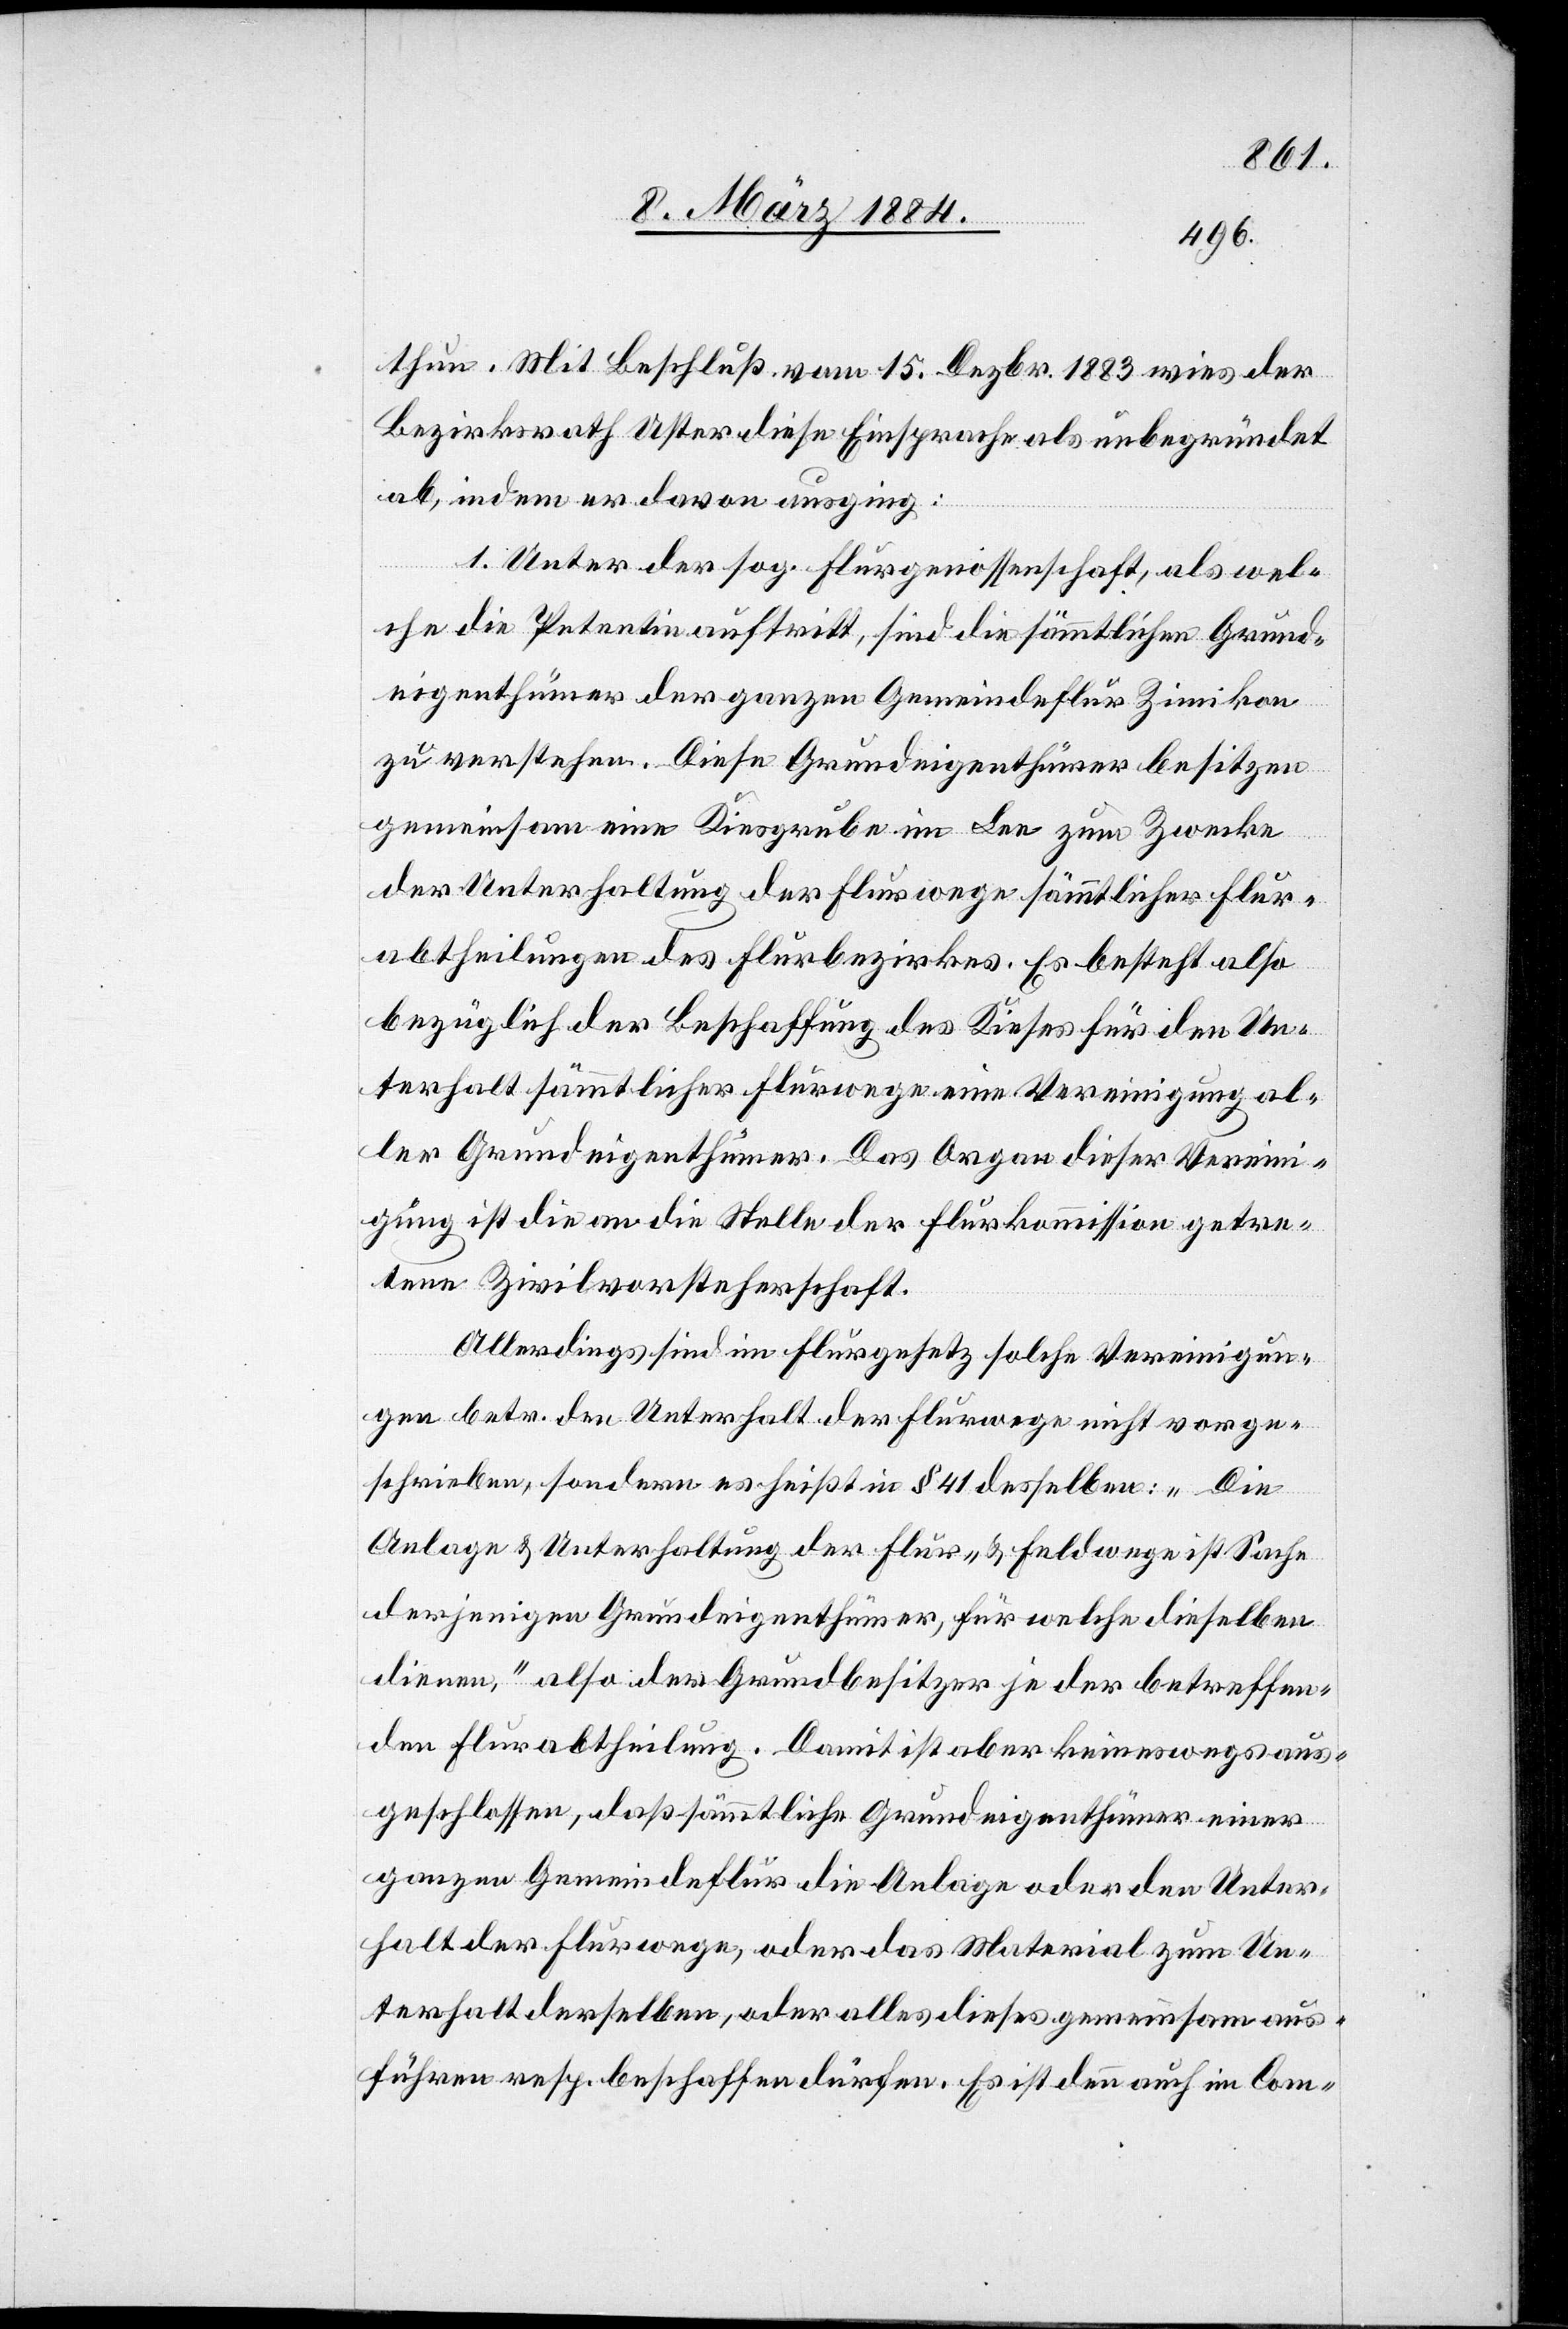
thun. Mit Beschluß vom 15. Dezbr. 1883 wies der
Bezirksrath Uster diese Einsprache als unbegründet
ab, indem er davon ausging:
1. Unter der sog. Flurgenossenschaft, als wel¬
che die Petentin aufritt, sind die sämmtlichen Grund¬
eigenthümer der ganzen Gemeindeflur Zimikon
zu verstehen. Diese Grundeigenthümer besitzen
gemeinsam eine Kiesgrube im Lee zum Zwecke
der Unterhaltung der Flurwege sämmtlicher Flur¬
abtheilungen des Flurbezirks. Es besteht also
bezüglich der Beschaffung des Kieses für den Un¬
terhalt sämmtlicher Flurwege eine Vereinigung al¬
ler Grundeigenthümer. Das Organ dieser Verein¬
igung ist die an die Stelle der Flurkommission getre¬
tene Zivilvorsteherschaft.
Allerdings sind im Flurgesetz solche Vereinigun¬
gen betr. den Unterhalt der Flurwege nicht vorge¬
schrieben, sondern es heißt in § 41 desselben: „Die
Anlage & Unterhaltung der Flur- & Feldwege ist Sache
derjenigen Grundeigenthümer, für welche dieselben
dienen“, also der Grundbesitzer je der betreffen¬
den Flurabtheilung. Damit ist aber keineswegs aus¬
geschlossen, daß sämmtliche Grundeigenthümer einer
ganzen Gemeindeflur die Anlage oder den Unter¬
halt der Flurwege, oder das Material zum Un¬
terhalt derselben, oder alles dieses gemeinsam aus¬
führen resp. beschaffen dürfen. Es ist denn auch im Com-